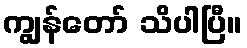
ကျွန်တော် သိပါပြီ။